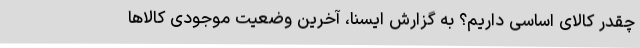
چقدر کالای اساسی داریم؟ به گزارش ایسنا، آخرین وضعیت موجودی کالاها